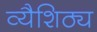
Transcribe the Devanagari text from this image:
व्यैशिठ्य